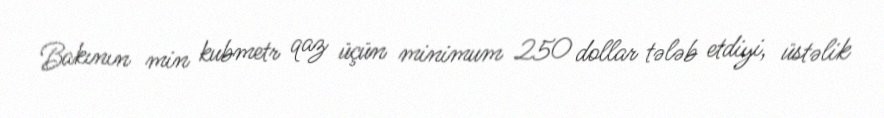
Bakının min kubmetr qaz üçün minimum 250 dollar tələb etdiyi, üstəlik